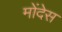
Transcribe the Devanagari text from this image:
मोंदेस